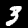
Digit: 3